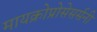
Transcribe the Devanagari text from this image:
मायक्रोप्रोसेसर्सनी